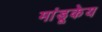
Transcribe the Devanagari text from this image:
मांडूकेय